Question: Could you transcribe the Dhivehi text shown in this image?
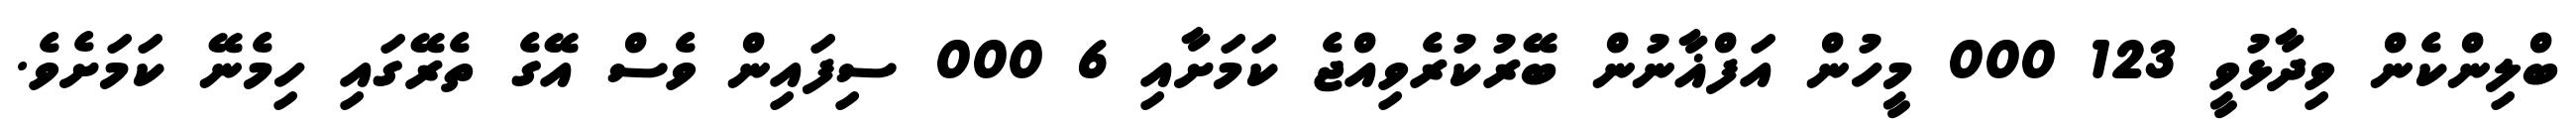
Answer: ބްލިންކެން ވިދާޅުވީ 123 000 މީހުން އަފްޣާނުން ބޭރުކުރެވިއްޖެ ކަމަށާއި 6 000 ސިފައިން ވެސް އޭގެ ތެރޭގައި ހިމެނޭ ކަމަށެވެ.